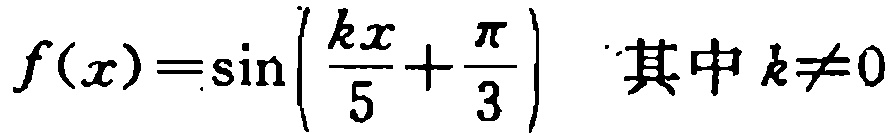
\(f(x)=\sin\left(\frac{kx}{5}+\frac{\pi}{3}\right)\) 其中 \(k\neq0\)